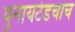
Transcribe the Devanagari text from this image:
युनायटेडचाच